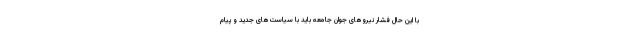
با این حال فشار نیروهای جوان جامعه باید با سیاست‌های جدید و پیام‌